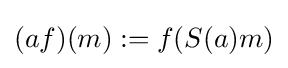
(af)(m):=f(S(a)m)